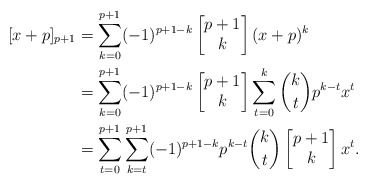
\begin{align*}[x+p]_{p+1} & =\sum_{k=0}^{p+1} (-1)^{p+1-k} \begin{bmatrix} p+1 \\ k \end{bmatrix} (x+p)^{k} \\& = \sum_{k=0}^{p+1} (-1)^{p+1-k} \begin{bmatrix} p+1 \\ k \end{bmatrix} \sum_{t=0}^{k}\binom{k}{t} p^{k-t} x^t \\& =\sum_{t=0}^{p+1}\sum_{k=t}^{p+1} (-1)^{p+1-k} p^{k-t} \binom{k}{t} \begin{bmatrix} p+1 \\ k\end{bmatrix} x^t.\end{align*}